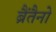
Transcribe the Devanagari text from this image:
ब्रैंतैनो